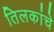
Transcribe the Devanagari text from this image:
तिलकांचे